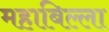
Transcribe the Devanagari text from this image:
महाबिल्ला